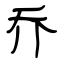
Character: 乔